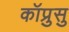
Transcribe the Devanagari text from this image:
कॉप्रुसु